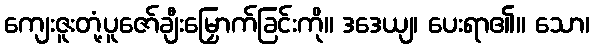
ကျေးဇူးတုံ့ပူဇော်ချီးမြှောက်ခြင်းကို။ ဒဒေယျ၊ ပေးရာ၏။ သော၊